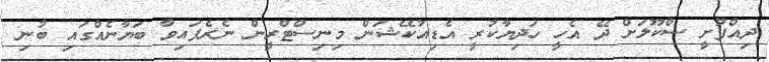
ދިއްފުށީ ސްކޫލަށް ދޭ އެހީ ހަދިޔާކުރީ އެޑިއުކޭޝަން މިނިސްޓްރީން ނެރެފައިވާ ބަޔާނެއްގައި ބުނި